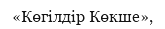
«Көгілдір Көкше»,